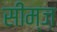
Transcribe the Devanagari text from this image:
सीम्ज़